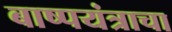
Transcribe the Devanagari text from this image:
बाष्पयंत्राचा